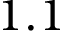
1 . 1